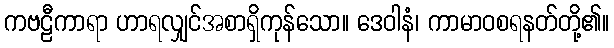
ကဗဠီကာရာ ဟာရလျှင်အစာရှိကုန်သော။ ဒေဝါနံ၊ ကာမာဝစရနတ်တို့၏။